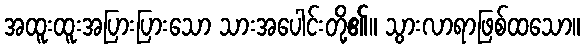
အထူးထူးအပြားပြားသော သားအပေါင်းတို့၏။ သွားလာရာဖြစ်ထသော။